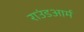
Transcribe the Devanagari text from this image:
राउंडआर्म